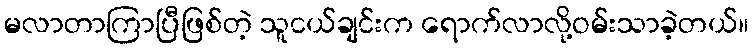
မလာတာကြာပြီဖြစ်တဲ့ သူငယ်ချင်းက ရောက်လာလို့ဝမ်းသာခဲ့တယ်။